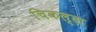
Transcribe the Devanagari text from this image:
चिकल्दा